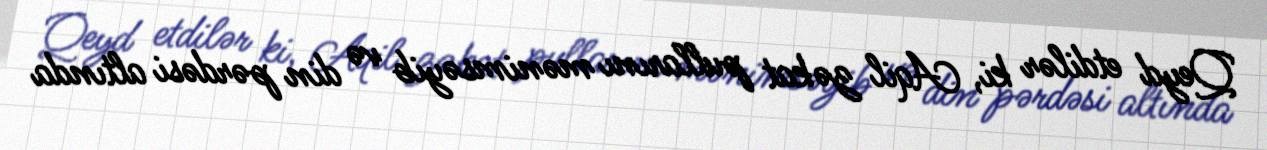
Qeyd etdilər ki, Aqil zəkat pullarını mənimsəyib və din pərdəsi altında